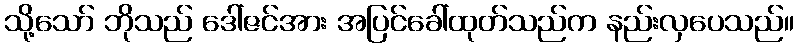
သို့သော် ဘိုသည် ဒေါ်ဇင်အား အပြင်ခေါ်ထုတ်သည်က နည်းလှပေသည်။